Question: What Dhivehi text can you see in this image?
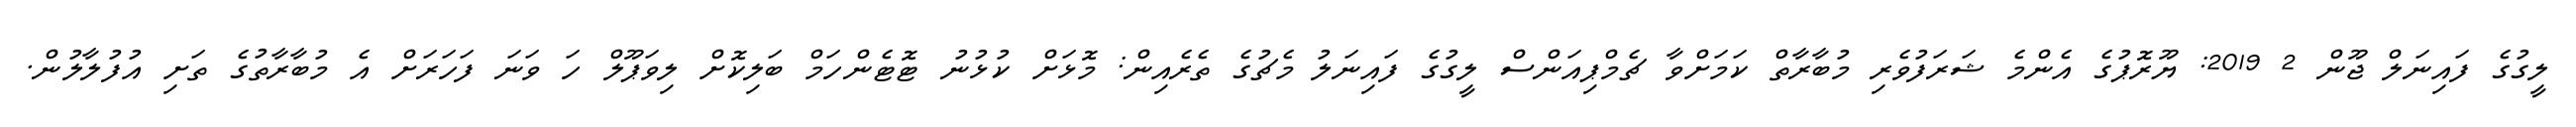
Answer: ލީގުގެ ފައިނަލް ޖޫން 2 2019: ޔޫރޮޕުގެ އެންމެ ޝަރަފުވެރި މުބާރާތް ކަމަށްވާ ޗެމްޕިއަންސް ލީގުގެ ފައިނަލު މެޗުގެ ތެރެއިން: މޮޅަށް ކުޅުނު ޓޮޓެންހަމް ބަލިކޮށް ލިވަޕޫލް ހަ ވަނަ ފަހަރަށް އެ މުބާރާތުގެ ތަށި އުފުލާލުން.